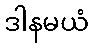
ဒါနမယံ